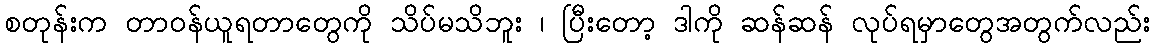
စတုန်းက တာဝန်ယူရတာတွေကို သိပ်မသိဘူး ၊ ပြီးတော့ ဒါကို ဆန်ဆန် လုပ်ရမှာတွေအတွက်လည်း